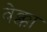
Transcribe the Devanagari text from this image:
वेक्का